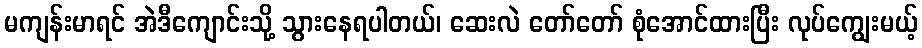
မကျန်းမာရင် အဲဒီကျောင်းသို့ သွားနေရပါတယ်၊ ဆေးလဲ တော်တော် စုံအောင်ထားပြီး လုပ်ကျွေးမယ့်